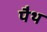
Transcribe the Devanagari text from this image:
पैथ